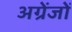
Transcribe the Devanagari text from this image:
अग्रेंजों